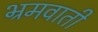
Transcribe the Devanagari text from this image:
भ्रमवाती